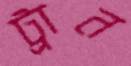
ট্রান